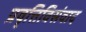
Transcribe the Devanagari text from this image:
प्रवृत्तिविसंवाद